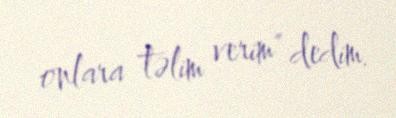
onlara təlim verim" dedim.